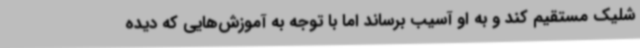
شلیک مستقیم کند و به او آسیب برساند اما با توجه به آموزش‌هایی که دیده